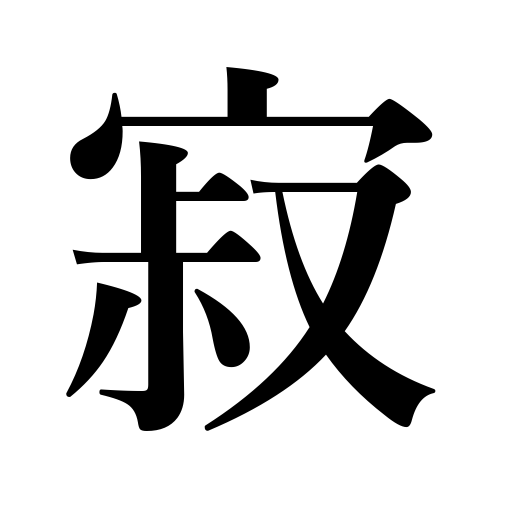
Meanings: lonely,trained recite's voice,solitary,lonesome,death of a priest,patina,quietly,deserted,antique look,elegant simplicity,desolate